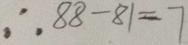
\therefore 8 8 - 8 1 = 7